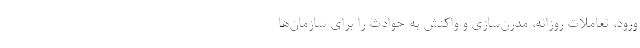
ورود، تعاملات روزانه، مدرن‌سازی و واکنش به حوادث را برای سازمان‌ها